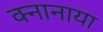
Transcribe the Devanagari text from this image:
क्नानाया